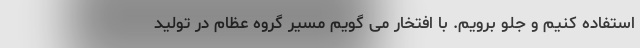
استفاده کنیم و جلو برویم. با افتخار می گویم مسیر گروه عظام در تولید